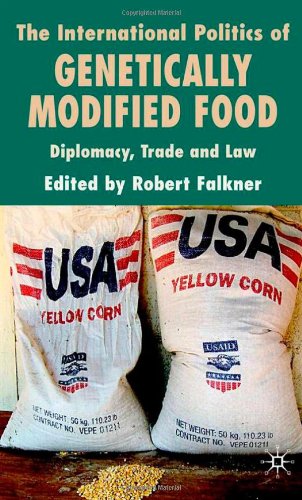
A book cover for The International Politics of Genetically Modified Food: Diplomacy, Trade and Law; Health, Fitness & Dieting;